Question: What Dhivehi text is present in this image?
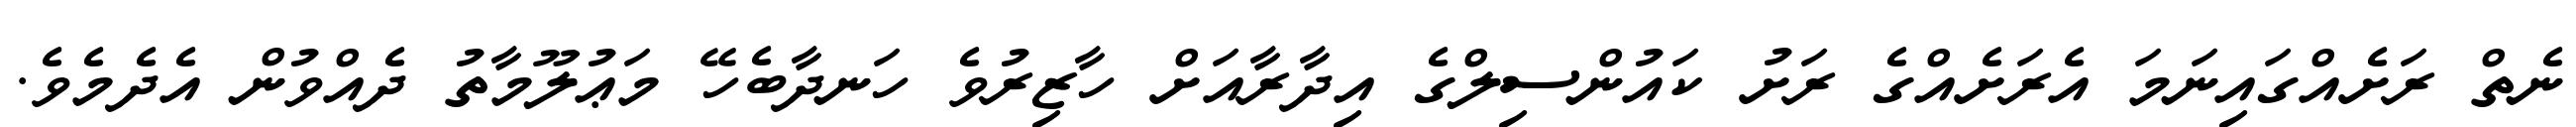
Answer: ނެތް ރަށެއްގައިނަމަ އެރަށެއްގެ ރަށު ކައުންސިލްގެ އިދާރާއަށް ހާޒިރުވެ ހަނދާބެހޭ މަޢުލޫމާތު ދެއްވުން އެދެމެވެ.